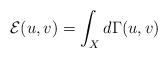
LaTeX: \begin{align*}\mathcal E(u,v)=\int_X d\Gamma(u,v)\end{align*}